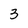
Character: 3